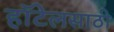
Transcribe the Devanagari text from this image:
हॉटेलसाठी